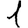
Digit: 1